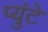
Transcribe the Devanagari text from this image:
प्युंटे